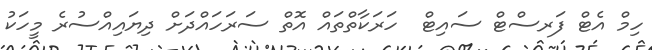
ހިމް އެޓް ފަރސްޓް ސައިޓް  ހަރަކާތްތައް އޮތް ސަރަހައްދަށް ދިޔައިއްސުރެ މީހަކު